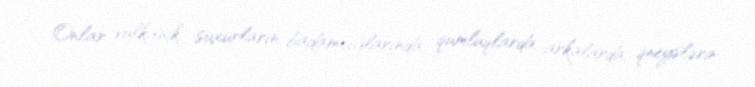
Onlar vulkanik suxurların badamcığlarında, qumluqlarda, arkalarda, qneyslərin